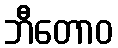
ဘီတောဝ